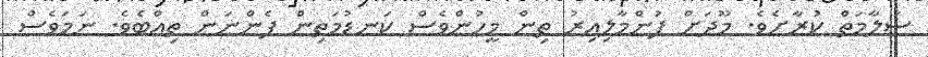
ސަލާމަތް ކުރާށެވެ. މޫދަށް ފުންމާލިއިރު ތިން މީހުންވެސް ކަނޑުމަތިން ފެންނަން ތިއްބެވެ. ނަމަވެސް